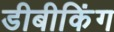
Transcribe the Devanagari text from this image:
डीबीकिंग